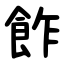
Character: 飵